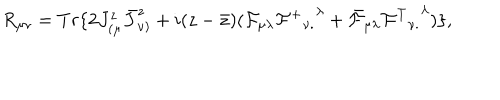
R _ { \mu \nu } = T r \{ 2 J _ { ( \mu } ^ { z } \bar { J } _ { \nu ) } ^ { z } + i ( z - \bar { z } ) ( { \cal F } _ { \mu \lambda } { { { \cal F } ^ { + } } _ { \nu . } } ^ { \lambda } + \bar { \cal F } _ { \mu \lambda } { { { \cal F } ^ { T } } _ { \nu . } } ^ { \lambda } ) \} ,